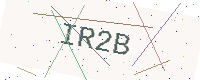
Text: IR2B